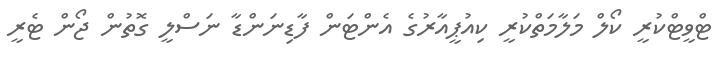
ޓްވީޓްކުރީ ކޯލް މަލާމަތްކުރީ ކިއުޕީއާރުގެ އެންޓަން ފާޑިނަންޑާ ނަސްލީ ގޮތުން ޖޯން ޓެރީ